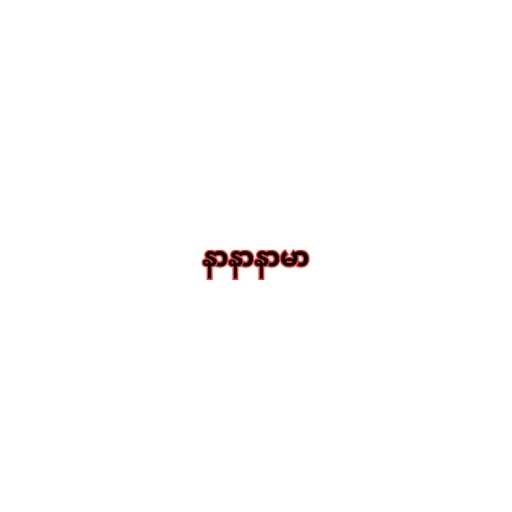
နာနာနာမာ